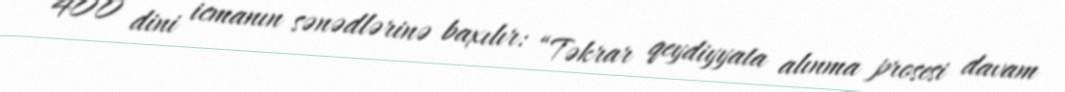
400 dini icmanın sənədlərinə baxılır: “Təkrar qeydiyyata alınma prosesi davam